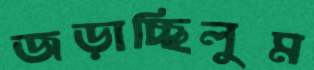
জড়াচ্ছিলুম